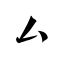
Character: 厶